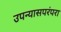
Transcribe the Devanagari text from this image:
उपन्यासपरंपरा